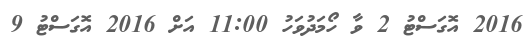
2016 އޮގަސްޓު 2 ވާ ހޯމަދުވަހު 11:00 އަށް 2016 އޮގަސްޓު 9